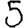
Digit: 5